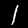
Digit: 1